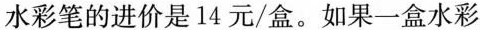
水彩笔的进价是14元/盒。如果一盒水彩